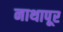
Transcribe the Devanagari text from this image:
नाथापूर